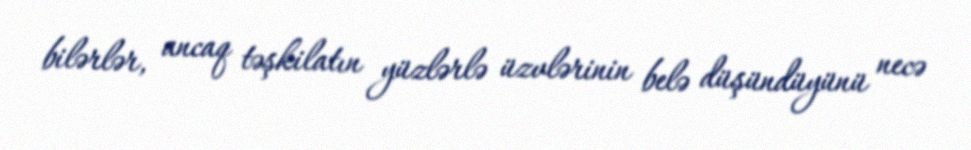
bilərlər, ancaq təşkilatın yüzlərlə üzvlərinin belə düşündüyünü necə